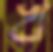
খ